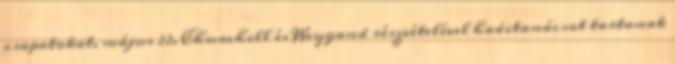
csapatokat. május 22. Churchill és Weygand részvételével haditanácsot tartanak